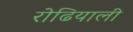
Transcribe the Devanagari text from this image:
रोढियाली